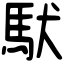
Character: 䭾